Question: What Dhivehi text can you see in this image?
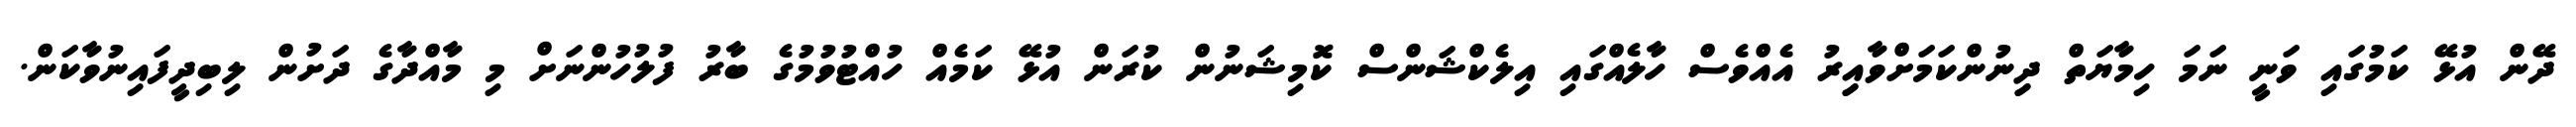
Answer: ދޭން އުޅޭ ކަމުގައި ވަނީ ނަމަ ހިމާޔަތް ދިިނުންކަމަށްވާއިިރު އެއްވެސް ހާލެއްގައި އިލެކްޝަންސް ކޮމިޝަނުން ކުރަން އުޅޭ ކަމެއް ހުއްޓުވުމުގެ ބާރު ފުލުހުންނަށް މި މާއްދާގެ ދަށުން ލިބިދީފައިނުވާކަން.